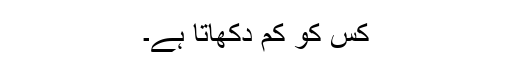
کس کو کم دکھاتا ہے۔